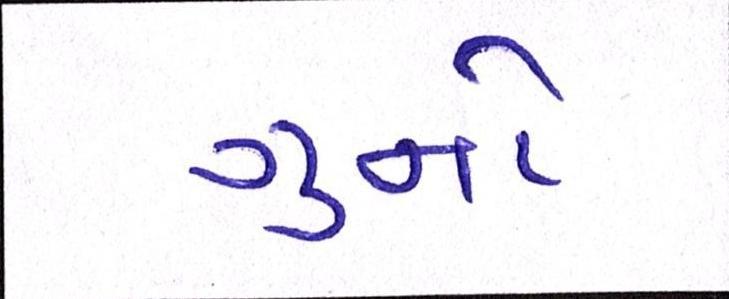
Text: ગુનો